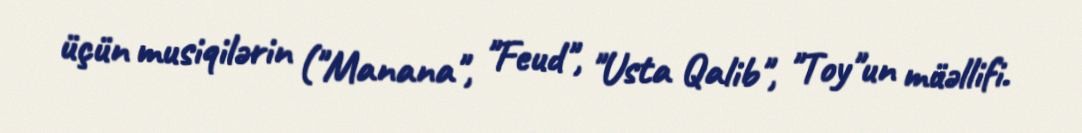
üçün musiqilərin ("Manana", "Feud", "Usta Qalib", "Toy"un müəllifi.